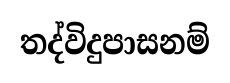
තද්විදුපාසනම්